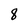
Character: 8